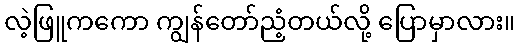
လဲ့ဖြူကကော ကျွန်တော်ညံ့တယ်လို့ ပြောမှာလား။